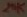
Text: 20K